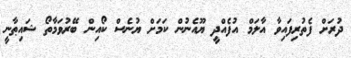
ދުރަށް ފެތުރިފައިވާ އާލަމް އުފެއްދީ ޔޫއެނުން ކަމަށް ޔުނެސް ކޯއިން ބޭރުވަމާތޯ ޝައިޠާނީ